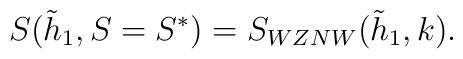
S(\tilde h_1,S=S^{*})=S_{WZNW}(\tilde h_1,k).